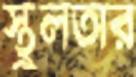
স্থুলতার